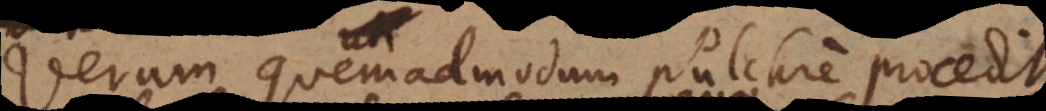
Verum quemadmodum pulchre procedit